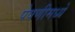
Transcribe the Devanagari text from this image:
पेषणीमध्ये